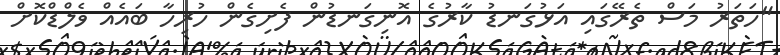
"ހަތަރު މަސް ތެރޭގައި އަޅުގަނޑު ކާރުގެ އޮނިގަނޑުން ފެށިގެން ހުރިހާ ބައެއް ވެލްޑްކޮށް